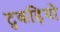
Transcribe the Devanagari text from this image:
टुकड़ियो